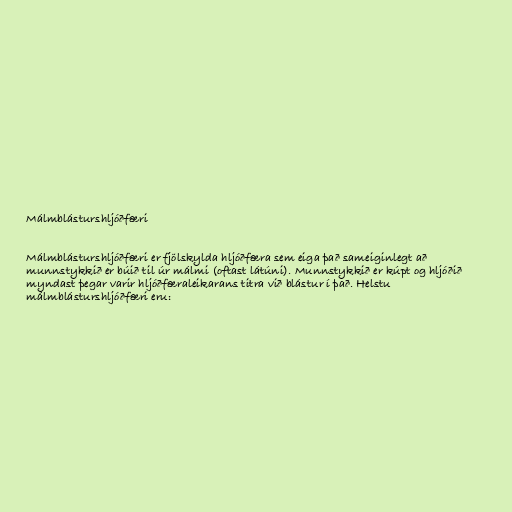
Málmblásturshljóðfæri

Málmblásturshljóðfæri er fjölskylda hljóðfæra sem eiga það sameiginlegt að
munnstykkið er búið til úr málmi (oftast látúni). Munnstykkið er kúpt og hljóðið
myndast þegar varir hljóðfæraleikarans titra við blástur í það. Helstu
málmblásturshljóðfæri eru: